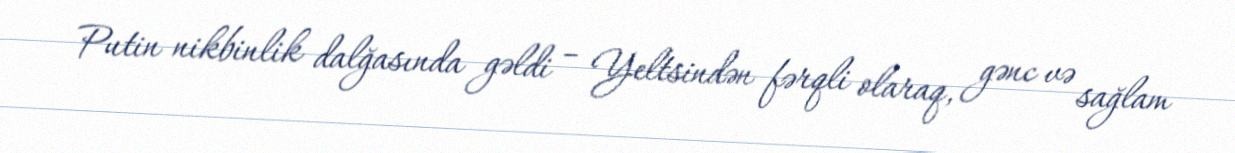
Putin nikbinlik dalğasında gəldi – Yeltsindən fərqli olaraq, gənc və sağlam